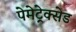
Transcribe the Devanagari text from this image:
पेमेट्रेक्सेड